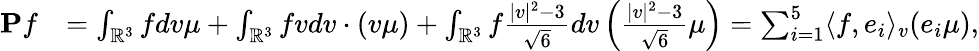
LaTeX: \begin{array}{rl}{\mathbf{P}f}&{=\int_{\mathbb{R}^{3}}fdv\mu+\int_{\mathbb{R}^{3}}fvdv\cdot(v\mu)+\int_{\mathbb{R}^{3}}f\frac{|v|^{2}-3}{\sqrt{6}}dv\left(\frac{|v|^{2}-3}{\sqrt{6}}\mu\right)=\sum_{i=1}^{5}\langle f,e_{i}\rangle_{v}(e_{i}\mu),}\end{array}